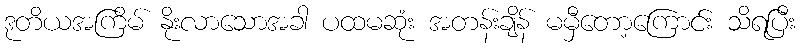
ဒုတိယအကြိမ် နိုးလာသောအခါ ပထမဆုံး အတန်းချိန် မမှီတော့ကြောင်း သိရပြီး